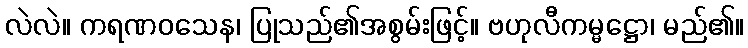
လဲလဲ။ ကရဏဝသေန၊ ပြုသည်၏အစွမ်းဖြင့်။ ဗဟုလီကမ္မဋ္ဌော၊ မည်၏။